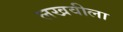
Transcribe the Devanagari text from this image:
लखवीला